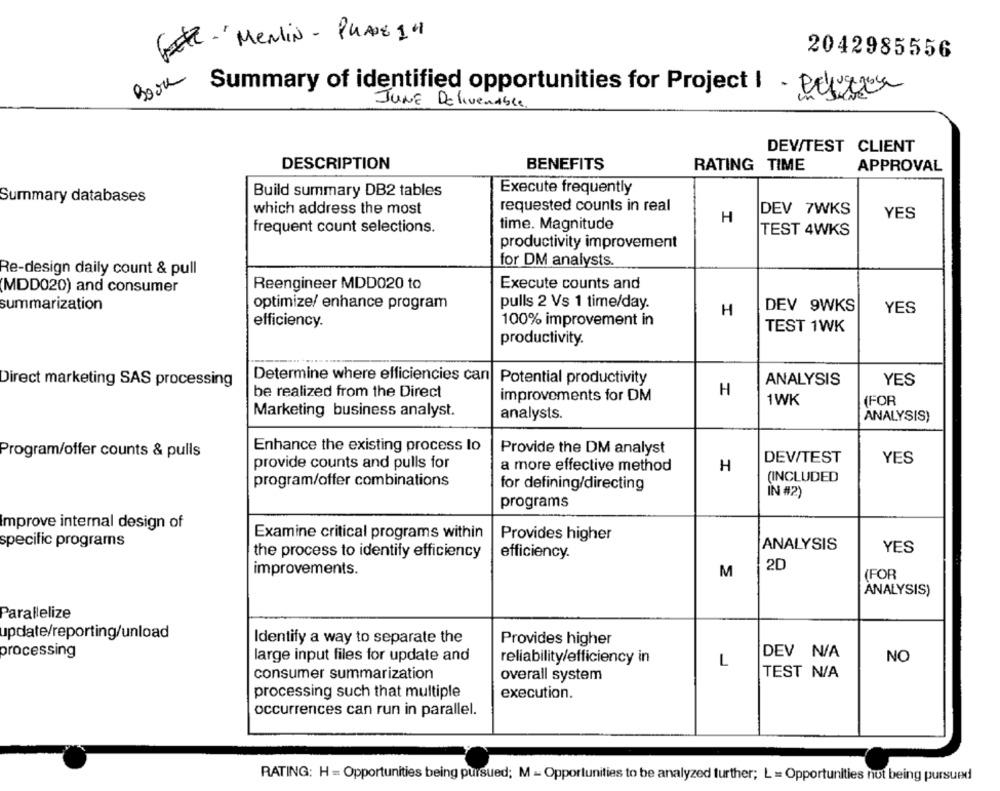
GEEZ- 'Merlin - PHASE 1"
2042985556
Book
Summary of identified opportunities for Project 1 - Belg
JUNE Deliverable
DEV/TEST CLIENT
DESCRIPTION
BENEFITS
RATING TIME
APPROVAL
Execute frequently
Summary databases
Build summary DB2 tables
requested counts in real
which address the most
DEV 7WKS
YES
H
frequent count selections.
time. Magnitude
TEST 4WKS
productivity improvement
for DM analysts.
Re-design daily count & pull
Reengineer MDD020 to
Execute counts and
(MDD020) and consumer
summarization
optimize/ enhance program
pulls 2 Vs 1 time/day.
DEV 9WKS
H
YES
efficiency.
100% improvement in
TEST 1WK
productivity.
Determine where efficiencies can Potential productivity
Direct marketing SAS processing
ANALYSIS
YES
be realized from the Direct
H
improvements for DM
1WK
(FOR
Marketing business analyst.
analysts.
ANALYSIS)
Enhance the existing process to
Provide the DM analyst
Program/offer counts & pulls
DEV/TEST
YES
provide counts and pulls for
a more effective method
H
program/offer combinations
(INCLUDED
for defining/directing
IN #2
programs
Improve internal design of
Examine critical programs within
Provides higher
specific programs
ANALYSIS
the process to identify efficiency
efficiency.
YES
improvements.
2D
M
(FOR
ANALYSIS)
Parallelize
update/reporting/unload
Identify a way to separate the
Provides higher
processing
large input files for update and
DEV N/A
NO
reliability/efficiency in
L
consumer summarization
overall system
TEST N/A
processing such that multiple
execution.
occurrences can run in parallel.
RATING: H = Opportunities being pursued; M - Opportunities to be analyzed further; L = Opportunities not being pursued